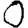
Digit: 0